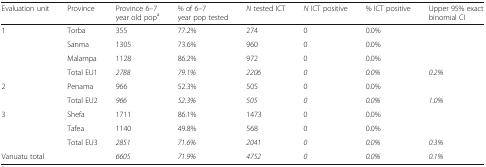
| Evaluation unit | Province | Province 6–7 year old popa | % of 6–7 year pop tested | N tested ICT | N ICT positive | % ICT positive | Upper 95% exact binomial CI |
 | --- | --- | --- | --- | --- | --- | --- | --- |
 | <ROWSPAN=4> 1 | Torba | 355 | 77.2% | 274 | 0 | 0.0% |  |
 | Sanma | 1305 | 73.6% | 960 | 0 | 0.0% |  |
 | Malampa | 1128 | 86.2% | 972 | 0 | 0.0% |  |
 | Total EU1 | 2788 | 79.1% | 2206 | 0 | 0.0% | 0.2% |
 | <ROWSPAN=2> 2 | Penama | 966 | 52.3% | 505 | 0 | 0.0% |  |
 | Total EU2 | 966 | 52.3% | 505 | 0 | 0.0% | 1.0% |
 | <ROWSPAN=3> 3 | Shefa | 1711 | 86.1% | 1473 | 0 | 0.0% |  |
 | Tafea | 1140 | 49.8% | 568 | 0 | 0.0% |  |
 | Total EU3 | 2851 | 71.6% | 2041 | 0 | 0.0% | 0.3% |
 | <COLSPAN=2> Vanuatu total | 6605 | 71.9% | 4752 | 0 | 0.0% | 0.1% |